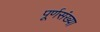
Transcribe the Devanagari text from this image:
पूर्णसंख्या